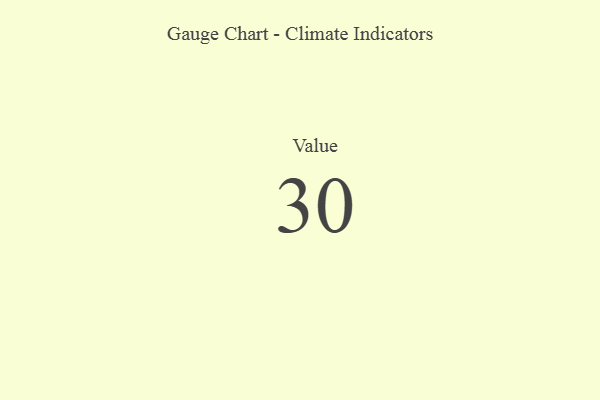
{"axis": {"x": "Metric", "y": "Value"}, "legend": [""], "data": [{"x": "Value", "y": 30, "type": ""}]}